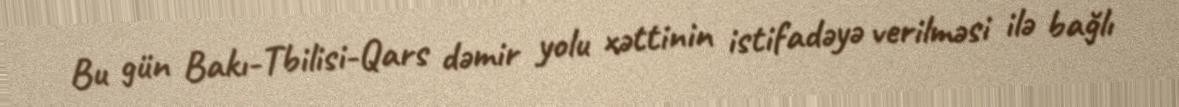
Bu gün Bakı-Tbilisi-Qars dəmir yolu xəttinin istifadəyə verilməsi ilə bağlı